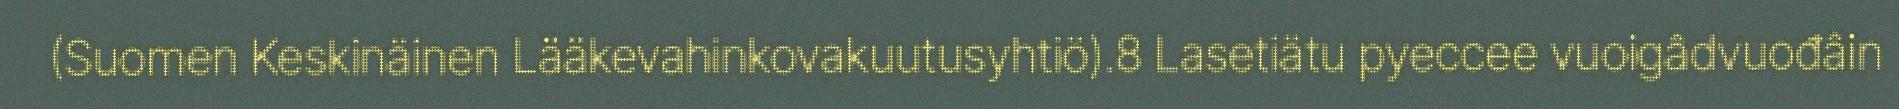
(Suomen Keskinäinen Lääkevahinkovakuutusyhtiö).8 Lasetiätu pyeccee vuoigâdvuođâin